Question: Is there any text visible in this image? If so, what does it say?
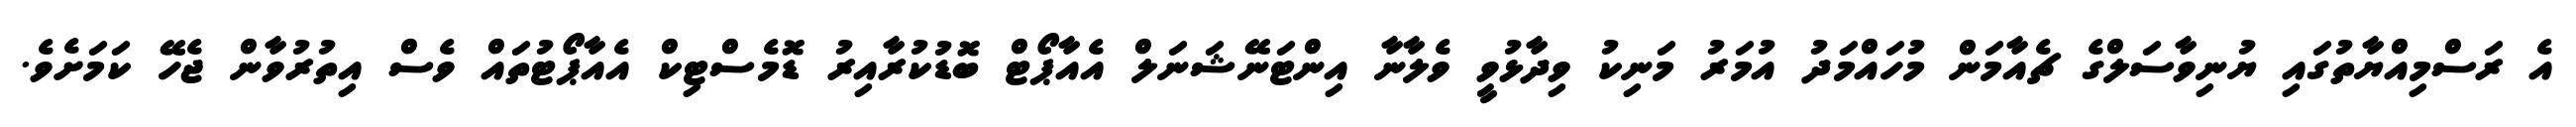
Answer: އެ ރަސްމިއްޔާތުގައި ޔުނިވާސަލްގެ ޗެއާމަން މުހައްމަދު އުމަރު މަނިކު ވިދާޅުވީ ވެލާނާ އިންޓަނޭޝަނަލް އެއާޕޯޓް ބޮޑުކުރާއިރު ޑޮމެސްޓިކް އެއާޕޯޓުތައް ވެސް އިތުރުވާން ޖެހޭ ކަމަށެވެ.